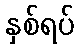
နှစ်ရပ်